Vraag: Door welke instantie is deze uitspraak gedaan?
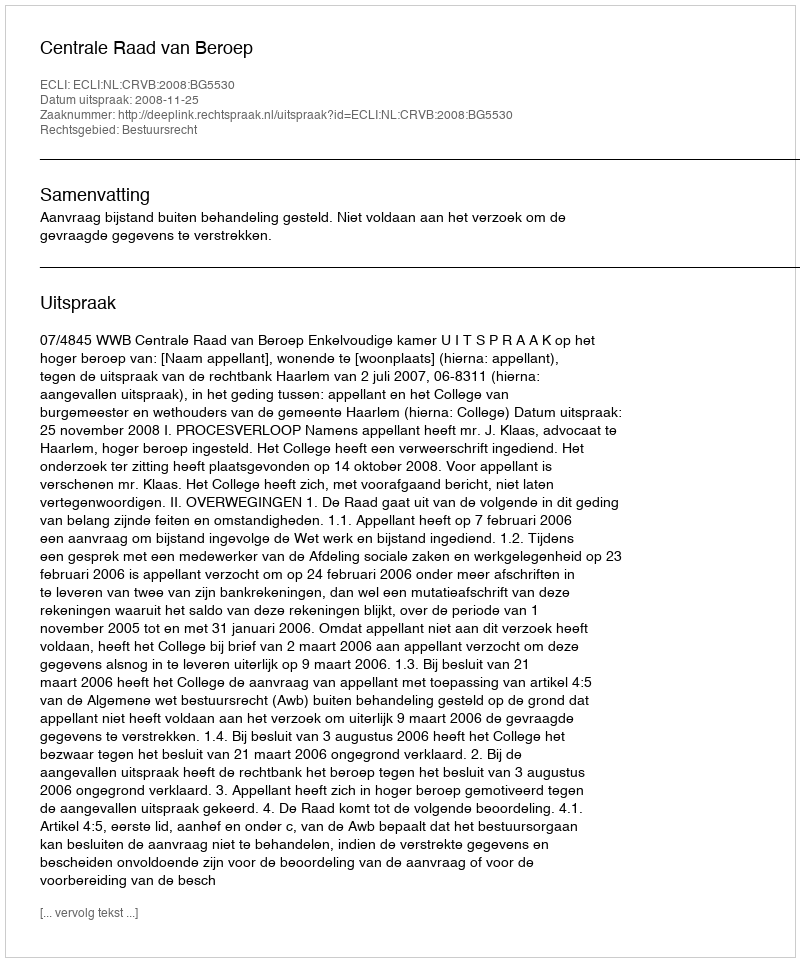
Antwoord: Centrale Raad van Beroep